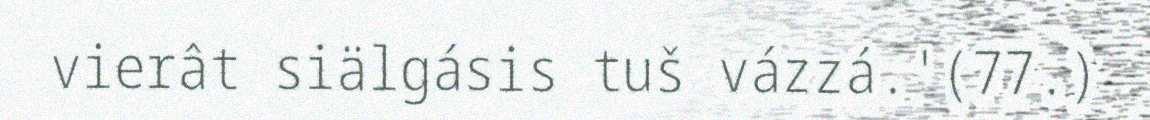
vierât siälgásis tuš vázzá.'(77.)